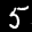
Label: 5